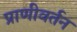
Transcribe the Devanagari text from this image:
प्राणीवर्तन